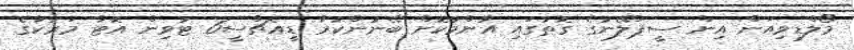
މޯލްޑިވިއަން އިން ސީޕްލޭނުގެ ގޮތުގައި އާންމުކޮށް ބޭނުންކުރާ ޑީއެޗްސީ6 ޓުވިން އޮޓާ މަރުކާގެ